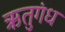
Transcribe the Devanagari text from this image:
ऋतुगंध